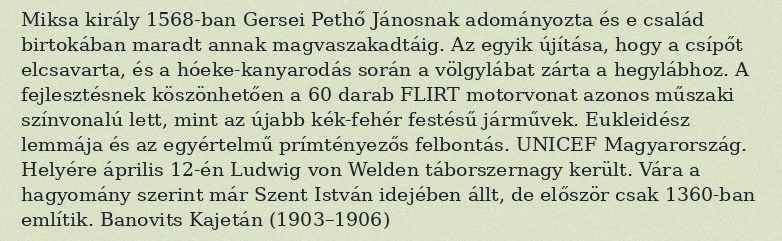
Miksa király 1568-ban Gersei Pethő Jánosnak adományozta és e család birtokában maradt annak magvaszakadtáig. Az egyik újítása, hogy a csípőt elcsavarta, és a hóeke-kanyarodás során a völgylábat zárta a hegylábhoz. A fejlesztésnek köszönhetően a 60 darab FLIRT motorvonat azonos műszaki színvonalú lett, mint az újabb kék-fehér festésű járművek. Eukleidész lemmája és az egyértelmű prímtényezős felbontás. UNICEF Magyarország. Helyére április 12-én Ludwig von Welden táborszernagy került. Vára a hagyomány szerint már Szent István idejében állt, de először csak 1360-ban említik. Banovits Kajetán (1903–1906)